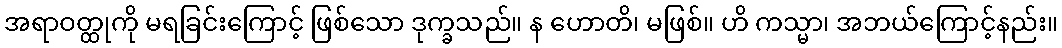
အရာဝတ္ထုကို မရခြင်းကြောင့် ဖြစ်သော ဒုက္ခသည်။ န ဟောတိ၊ မဖြစ်။ ဟိ ကသ္မာ၊ အဘယ်ကြောင့်နည်း။